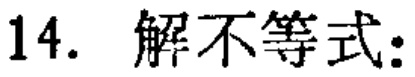
14. 解不等式：